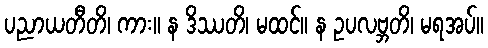
ပညာယတီတိ၊ ကား။ န ဒိဿတိ၊ မထင်။ န ဥပလဗ္ဘတိ၊ မရအပ်။